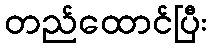
တည်ထောင်ပြီး